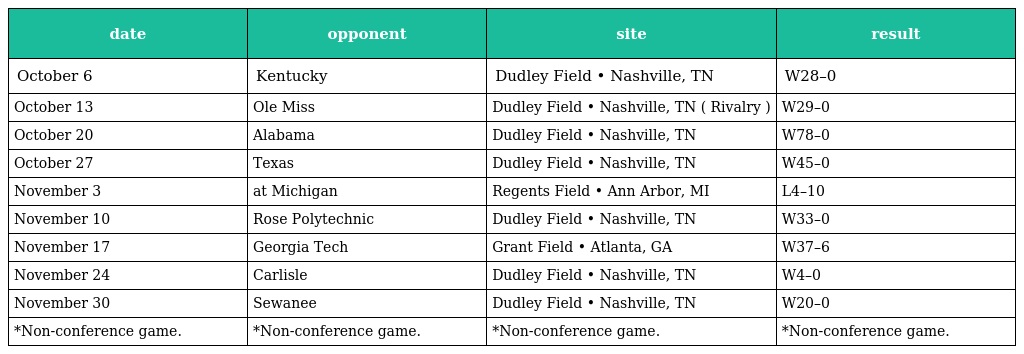
| date | opponent | site | result |
 | --- | --- | --- | --- |
 | October 6 | Kentucky | Dudley Field • Nashville, TN | W28–0 |
 | October 13 | Ole Miss | Dudley Field • Nashville, TN ( Rivalry ) | W29–0 |
 | October 20 | Alabama | Dudley Field • Nashville, TN | W78–0 |
 | October 27 | Texas | Dudley Field • Nashville, TN | W45–0 |
 | November 3 | at Michigan | Regents Field • Ann Arbor, MI | L4–10 |
 | November 10 | Rose Polytechnic | Dudley Field • Nashville, TN | W33–0 |
 | November 17 | Georgia Tech | Grant Field • Atlanta, GA | W37–6 |
 | November 24 | Carlisle | Dudley Field • Nashville, TN | W4–0 |
 | November 30 | Sewanee | Dudley Field • Nashville, TN | W20–0 |
 | *Non-conference game. | *Non-conference game. | *Non-conference game. | *Non-conference game. |